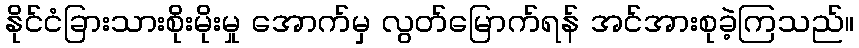
နိုင်ငံခြားသားစိုးမိုးမှု အောက်မှ လွတ်မြောက်ရန် အင်အားစုခဲ့ကြသည်။